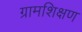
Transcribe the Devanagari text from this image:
ग्रामशिक्षण